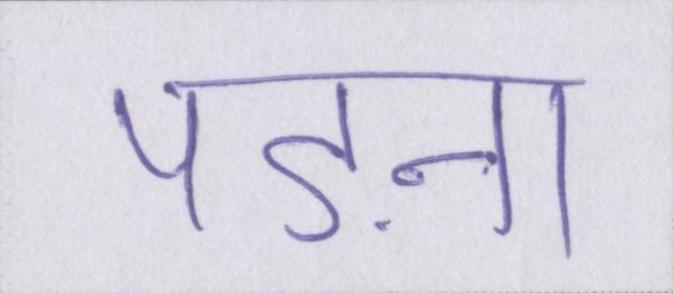
पड़ना